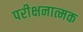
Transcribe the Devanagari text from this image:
परीक्षनात्मक